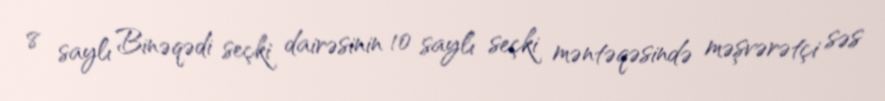
8 saylı Binəqədi seçki dairəsinin 10 saylı seçki məntəqəsində məşvərətçi səs